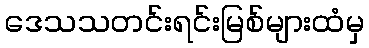
ဒေသသတင်းရင်းမြစ်များထံမှ